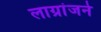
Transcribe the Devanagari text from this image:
लाग्रांजने